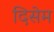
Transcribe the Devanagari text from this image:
दिसेम